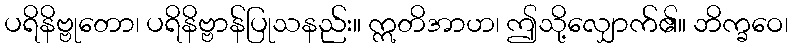
ပရိနိဗ္ဗုတော၊ ပရိနိဗ္ဗာန်ပြုသနည်း။ ဣတိအာဟ၊ ဤသို့လျှောက်၏။ ဘိက္ခဝေ၊